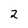
Character: 2